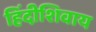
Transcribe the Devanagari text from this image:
हिंदीशिवाय